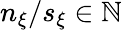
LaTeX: n_{\xi}/s_{\xi}\in\mathbb{N}